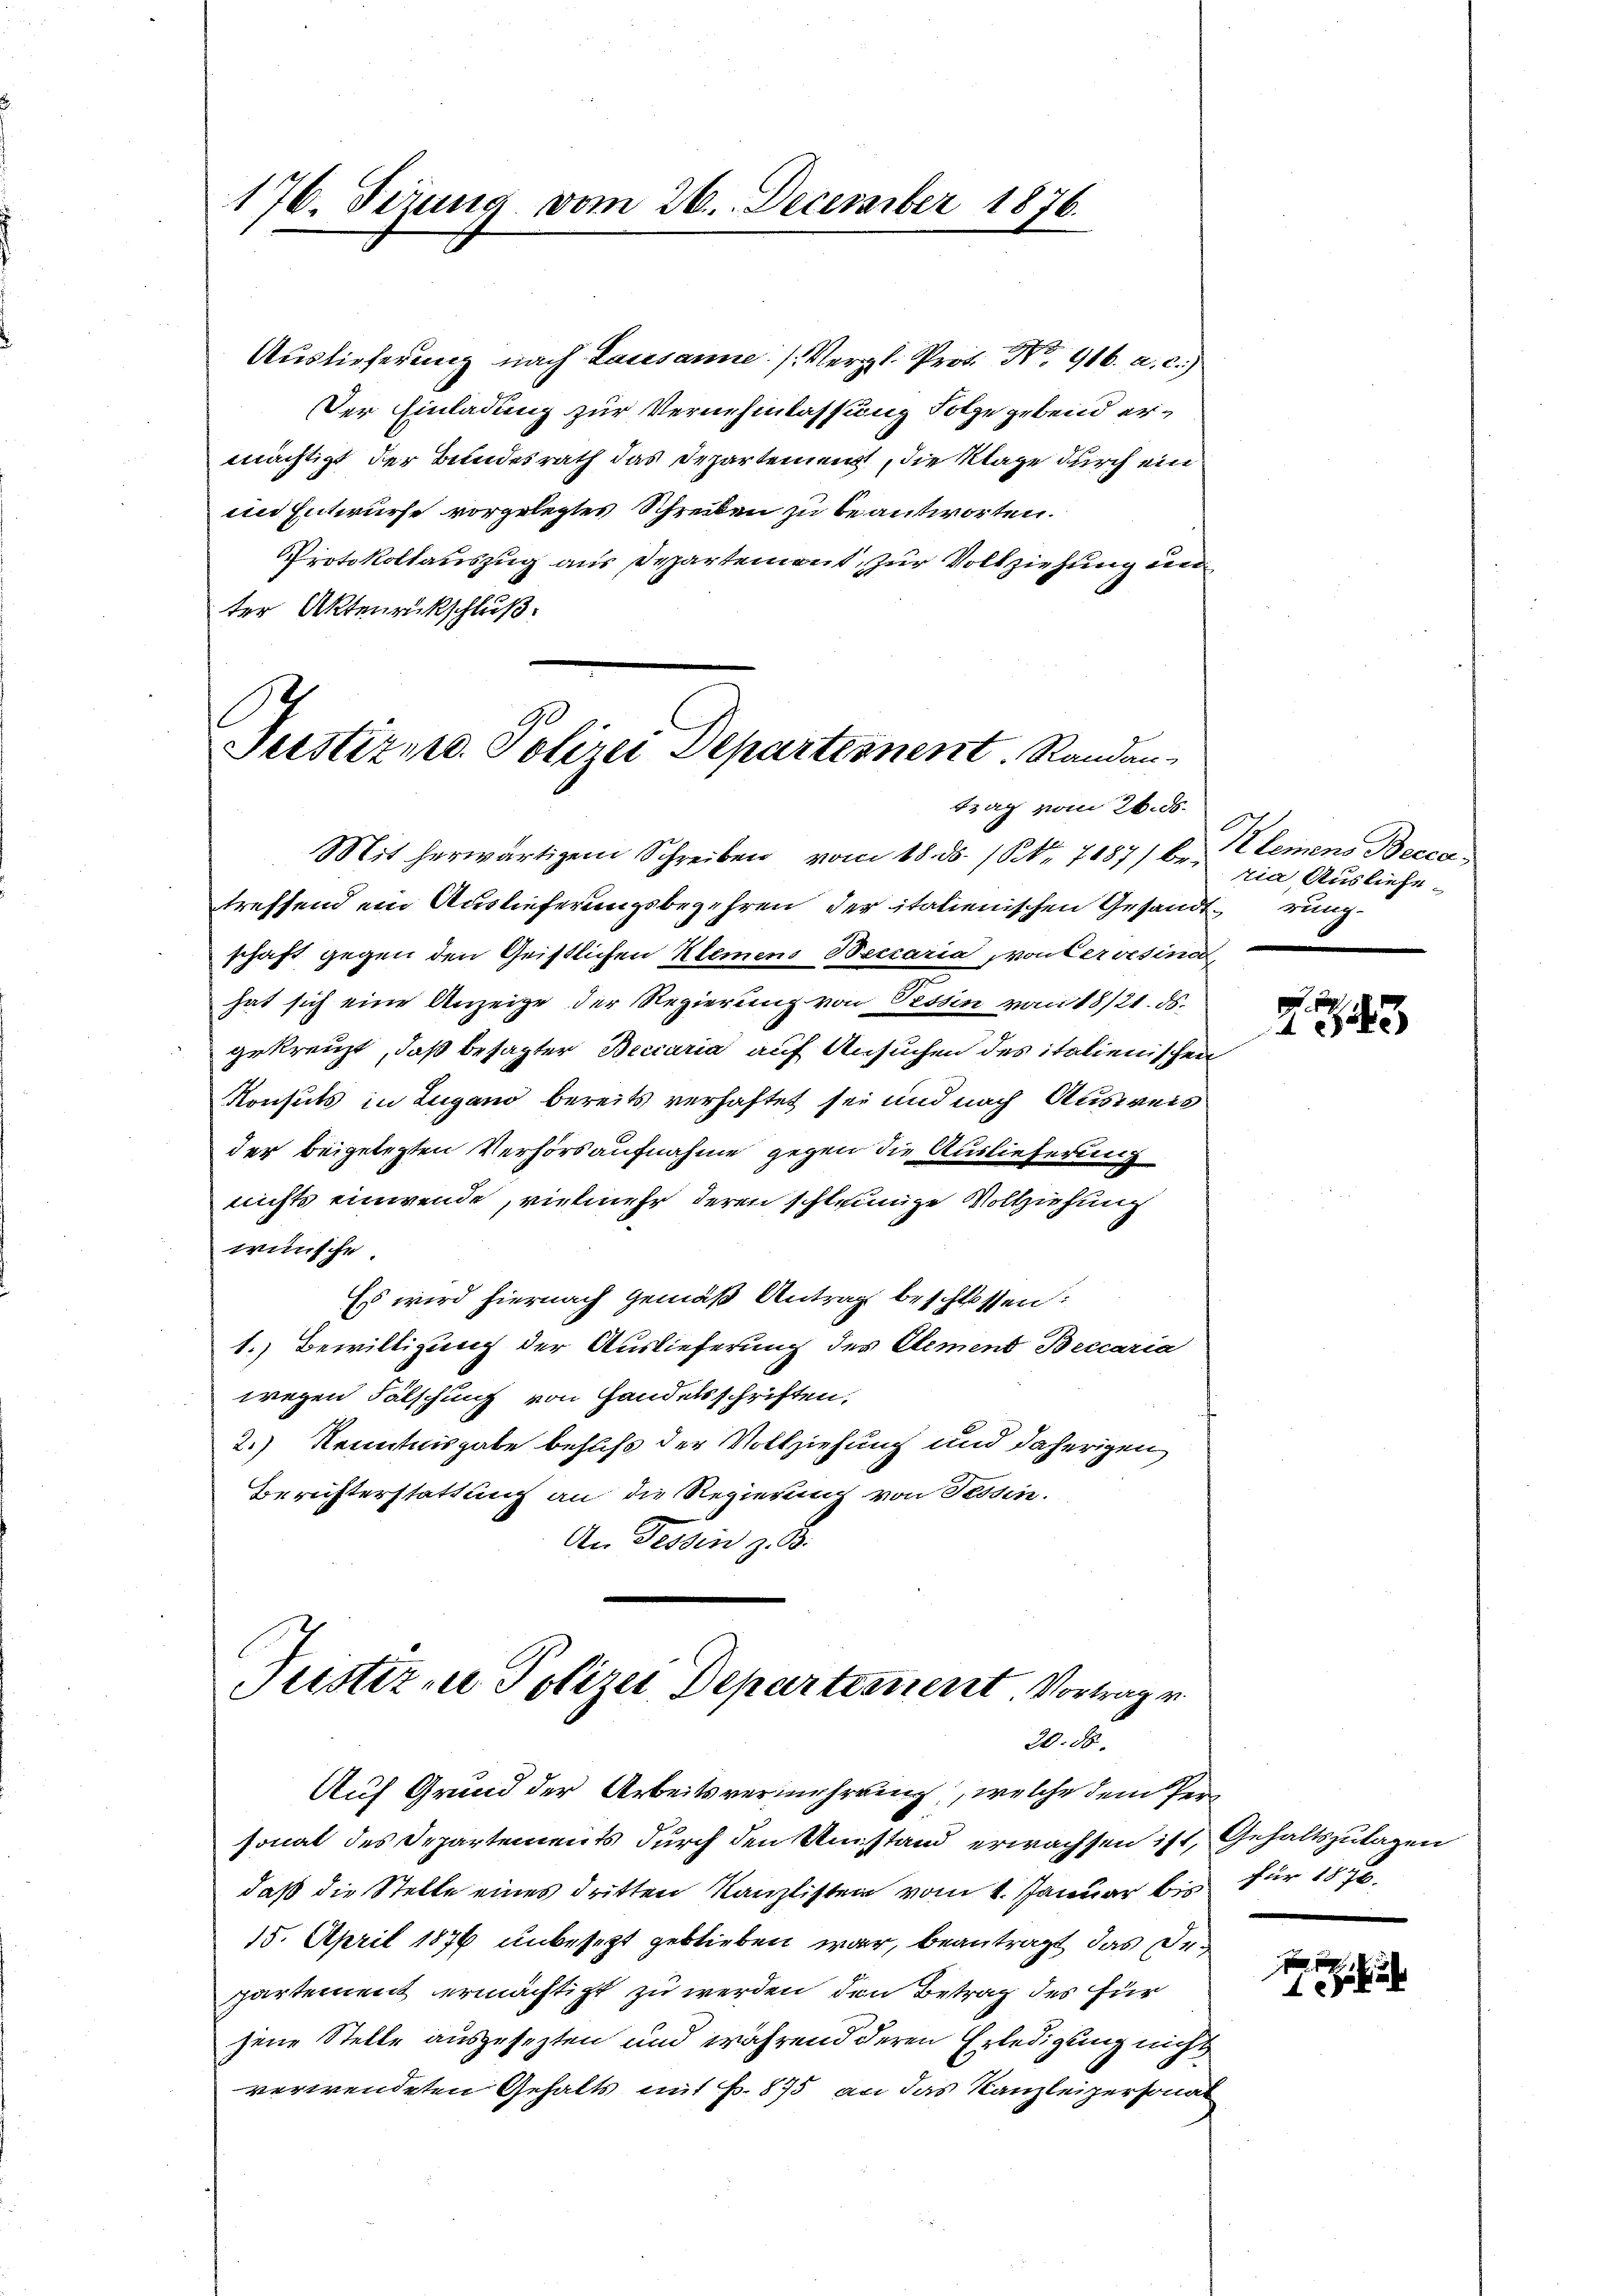
176. Ferung vom 26. December 1876.

Auslieferung nach Lausanne: /. Vergl. Prof. No. 916. a. c.)
Der Einladung zur Vernehmlassung Folge gebend ermächtigt der Bundesrath das Departement, die Klage durch ein
im Entwurfe vorgelegtes Schreiben zu beantworten.
Protokollauszug aus Departement, zur Vollziehung un
ter Aktenrückschluß:

Justizer Polizei Departesnent. Randantrag vom 26. ds.

Frister zu Polizei Departement. Vortrag v.
20. 56.

Auf Grund der Arbeitsvermehrung, welche dem Personat des Departements durch den Umstand erwachsen ist, Gehaltszulagen
daß die Stelle eines dritten Kanzlisten vom 1. Januar bis für 15 fl.
15. April 1876 unbesezt geblieben war, beantragt das Departement ermächtigt zu werden, den Betrag des für
jene Stelle ausgesezten und während deren Erledigung nicht
verwendeten Gehalts mit Fr. 875 an das Kanzleipersonal

Mit herwärtigem Schreiben vom 18. ds. (S. 7187) be Elemens Beccatreffend ein Auslieferungsbegehren der italienischen Gesandterungschaft gegen den Geistlichen Klemens Beccaria von tervesino,
hat sich eine Anzeige der Regierung von Tessin vom 18/21. ds.
gekreuzt, daß besagter Beccaria auf Ansuchen des italienischen
Konsuls in Lugano bereits verhaftet sei und nach Ausweis
der beigelegten Verhörsaufnahme gegen die Auslieferung
nichts einwende, vielmehr, deren schleunige Vollziehung
wünsche.
Es wird hiernach gemäß Antrag beschlossen:
1.) Bewilligung der Auslieferung des Elemend Beccaria
wegen Fälschung von Handelsschriften.
2.) Kenntnisgabe behufs der Vollziehung und daherigen
Berichterstattung an die Regierung von Tessin.
An Tessin z. B.

ria, Ausliefe.

d
143

1